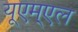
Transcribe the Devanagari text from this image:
यूएम्एल